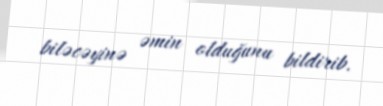
biləcəyinə əmin olduğunu bildirib.